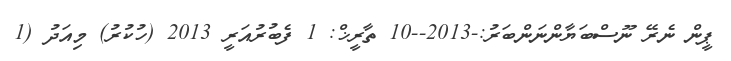
ޕީން ނެރޭ ނޫސްބަޔާންނަންބަރު:-2013--10 ތާރީޚް: 1 ފެބުރުއަރީ 2013 (ހުކުރު) މިއަދު (1